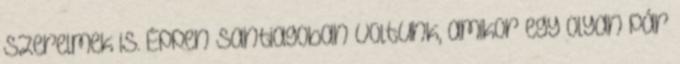
szerelmek is. Éppen Santiagoban voltunk, amikor egy olyan pár